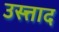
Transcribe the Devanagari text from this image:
उस्त्ताद